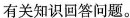
的有关知识回答问题。